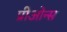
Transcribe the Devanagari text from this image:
प्रीओन्स